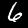
Label: 6